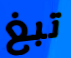
تبغ